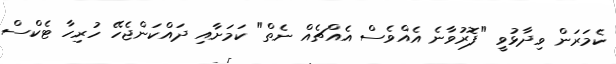
ކެމަރަން ވިދާޅުވީ "ފޮރުވާނެ އެއްވެސް އެއްޗެއް ނެތް" ކަމަށާއި ދައްކަންޖެހޭ ހުރިހާ ޓެކްސް